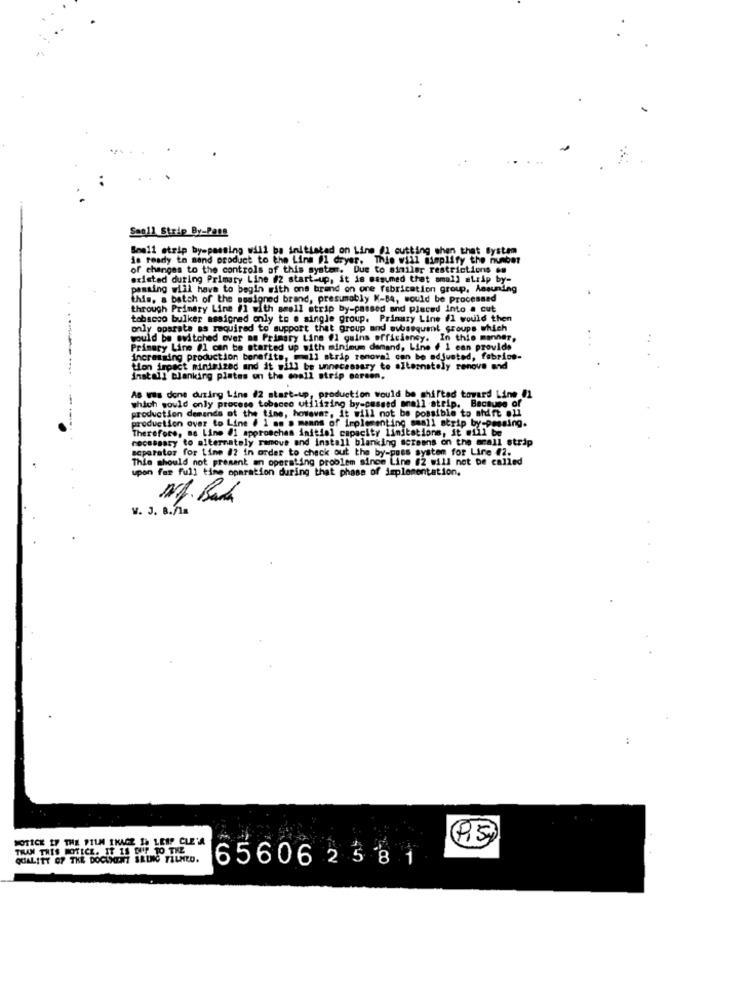
Saoll Strip By-Pass
Small strip byspassing will be initiated on Line @1 cutting shen that System
is ready to send product to the Line #1 dryer. This will simplify the number
of changes to the controls of this system. Due to similar restrictions on
existed during Primary Line #2 start-up, it is assumed that small atrip by-
pasting will have to begin with ons brand on ore fabrication group, Assuming
this, a batch of the assigned brand, presumably K-84, would be processed
through Primary Line #1 with smell atrip by-passed and placed into a cut
tobacco bulker assigned only to e single group. Primary Line fl would then
only operate as required to support that group and subsequent groups which
would be switched over as Primary Line #1 gains efficiency. In this manner.
..
Primery Line #1 can be started up with minimum demand, Line . 1 can provide
increasing production benefits, mall strip removal con be adjusted, fabrios-
tion impact minimized and it will be unnecessary to alternately renove and
install blanking plates on the coall strip careen.
As Wis done duzing Line /2 start-up, production would be shifted toward Line 01
which would only procese tobacco utilizing by-passed onall strip. Because of
production demands ot the time, however, it will not be possible to afd'ft oll
production over to Line . 1 as a means of implementing small atrip by-passing.
Therefore, ma Line #1 approaches initial capacity limitations, it will be
necessary to alternately remove and install blanking screens on the acall strip
seperator for Line #2 in order to check out the by-pass system for Line #2.
This should not present an operating problem since Line #2 will not be called
upon for full time operation during that phase of implementation.
W. J. 8.71m
..
NOTICE IF THE FILM IKAGE IS LEIP CLE'A
THAN THIS NOTICE. IT 15 BUT TO THE
QUALITY OF THE DOCUMENT BRING TILMED.
656062581